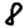
Digit: 8